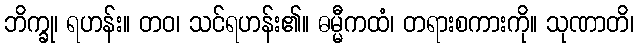
ဘိက္ခု၊ ရဟန်း။ တဝ၊ သင်ရဟန်း၏။ ဓမ္မီကထံ၊ တရားစကားကို။ သုဏာတိ၊